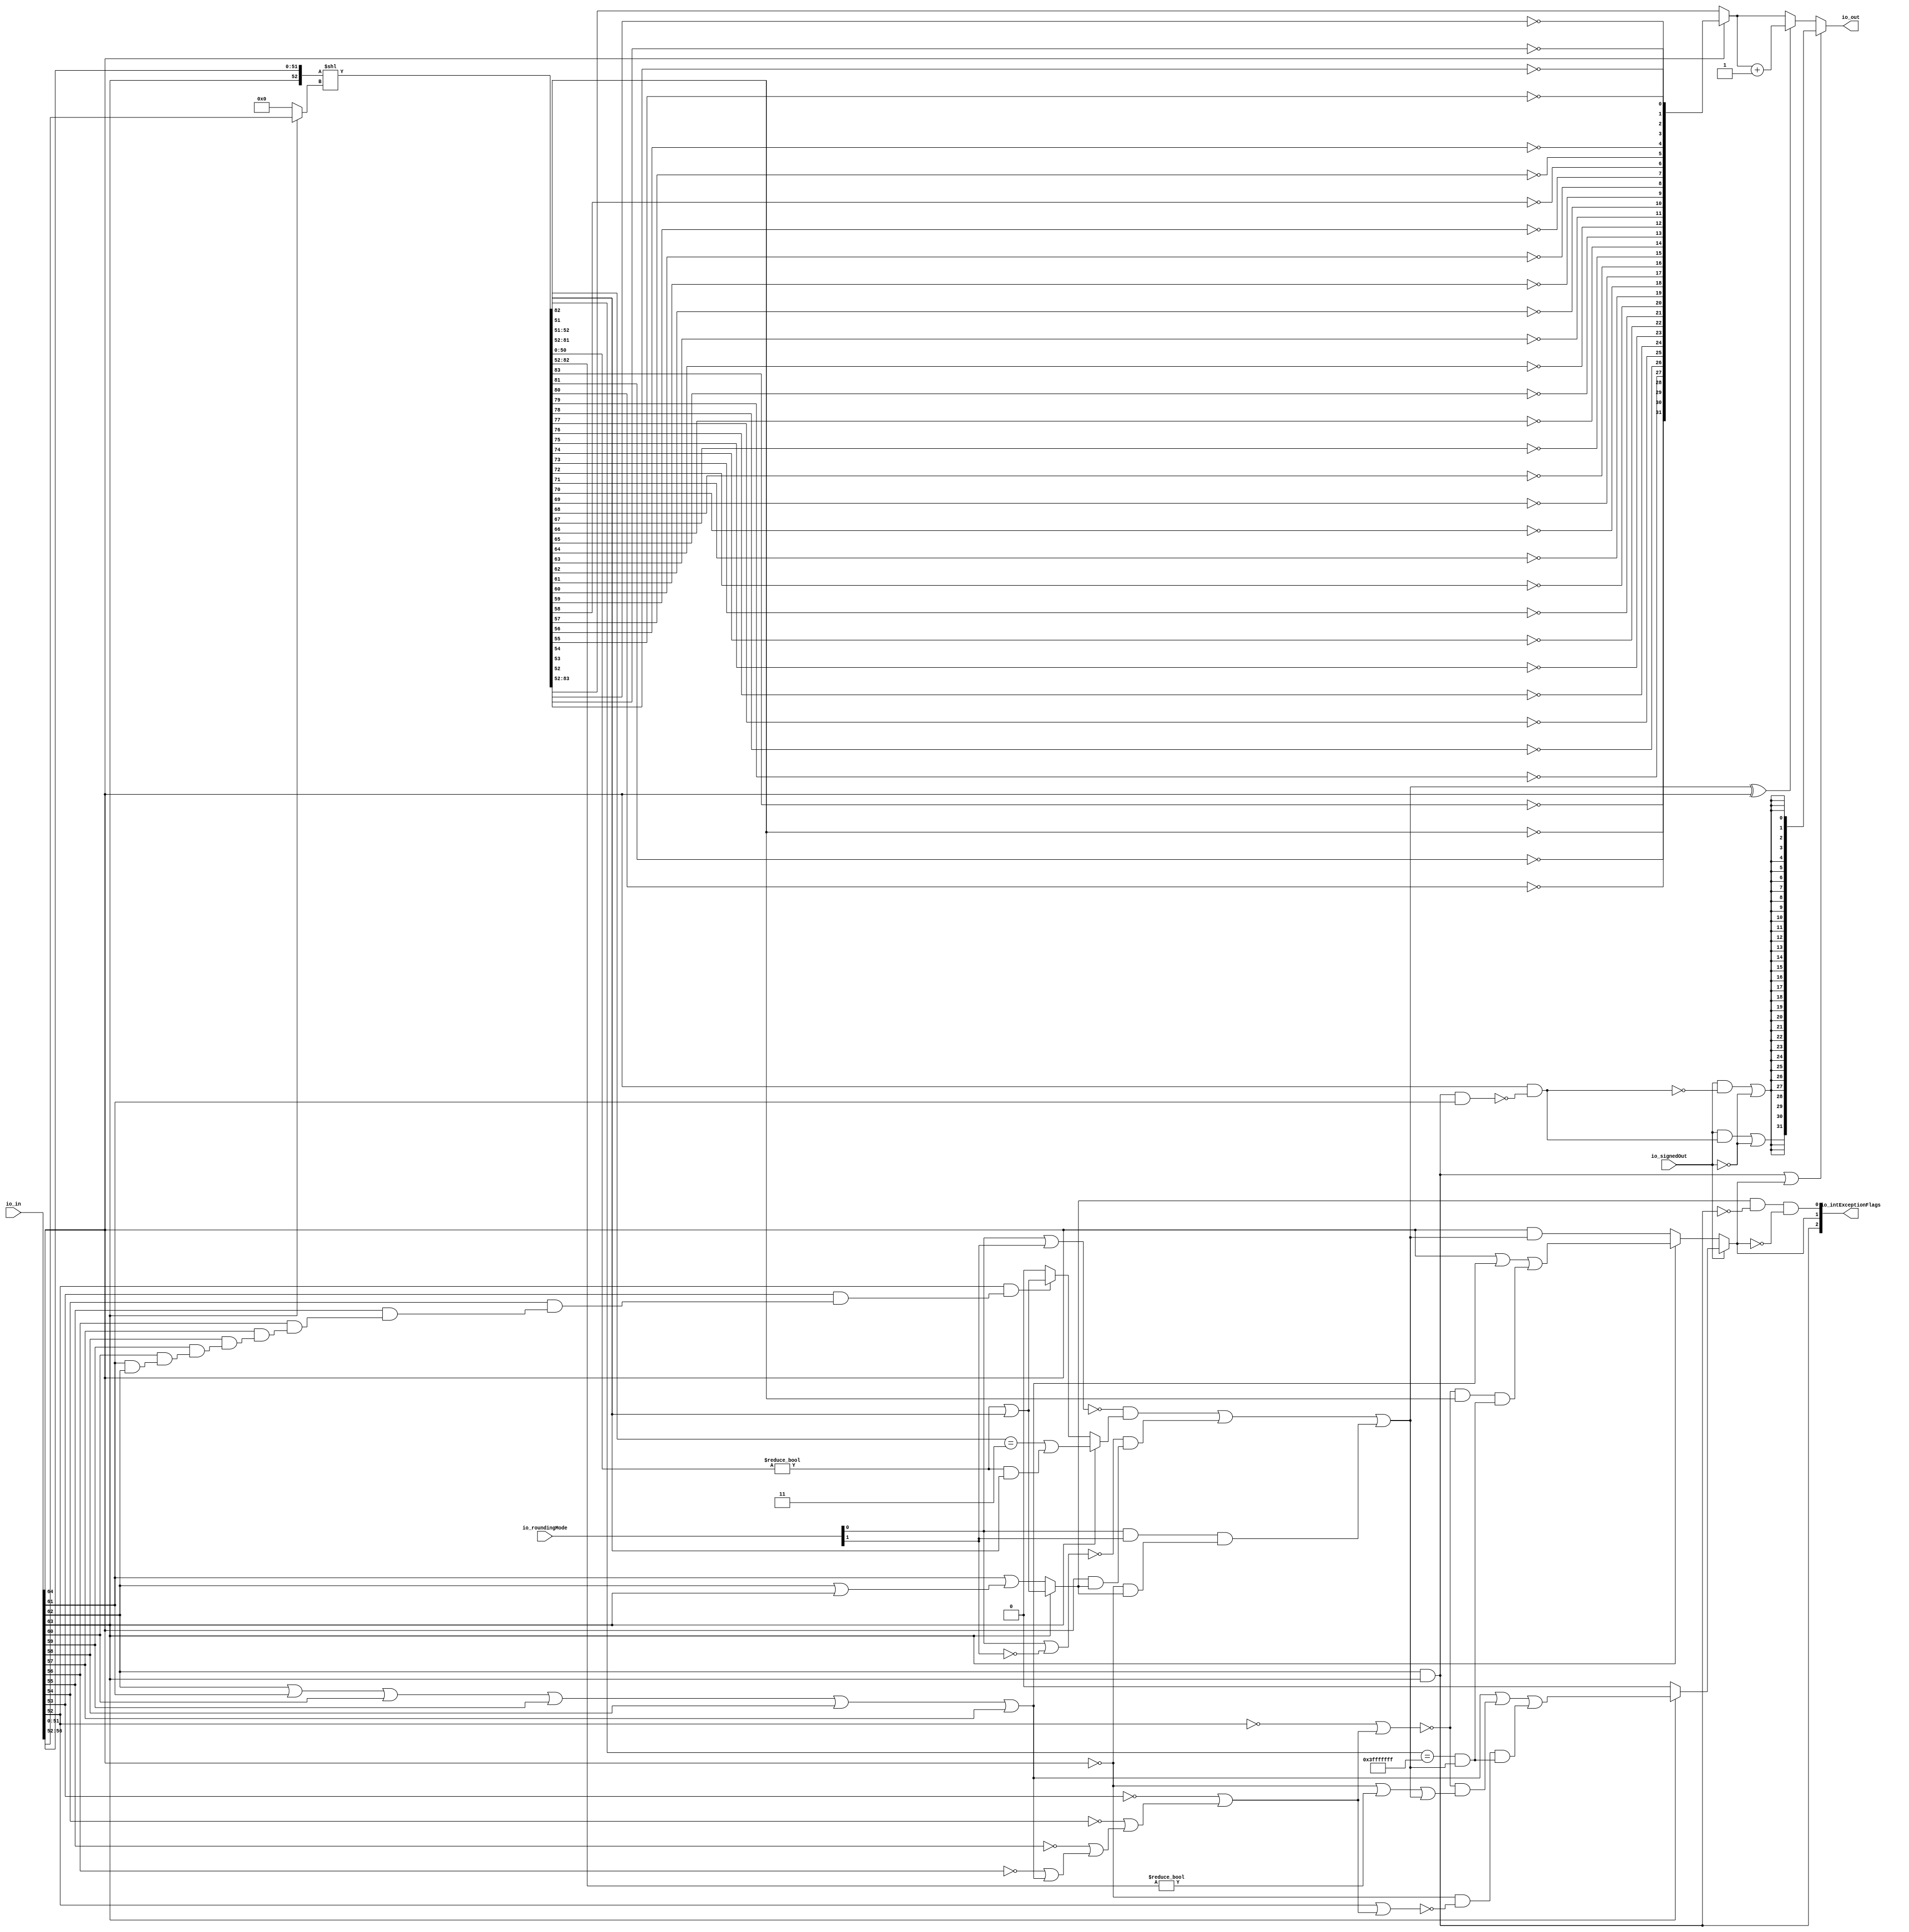
module RecFNToIN_1
(
  io_in,
  io_roundingMode,
  io_signedOut,
  io_out,
  io_intExceptionFlags
);

  input [64:0] io_in;
  input [1:0] io_roundingMode;
  output [31:0] io_out;
  output [2:0] io_intExceptionFlags;
  input io_signedOut;
  wire [31:0] io_out,excValue,roundedInt,T62,onesCompUnroundedInt,T61,T66;
  wire [2:0] io_intExceptionFlags;
  wire N0,N1,N2,N3,N4,N5,N6,N7,N8,N9,N10,N11,T3,T2,roundInexact,T4,T5,N12,
  overflow_signed,overflow_unsigned,T36,T15,roundIncr,T20,T16,T17,T18,T24,T21,T22,
  roundIncr_nearestEven,T30,T25,N13,T33,T43,T37,T40,roundCarryBut2,T38,T44,N14,T45,T50,T46,T47,
  T49,T58,T51,T52,T53,T56,T54,T74,N15,T63,N16,N17,T65,T68,T69,excSign,T70,isNaN,
  T73,N18,N19,N20,N21,N22,N23,N24,N25,N26,N27,N28,N29,N30,N31,N32,N33,N34,N35,N37,
  N38,N39,N40,N41,N42,N43,N44,N45,N46,N47,N48,N49,N50,N51,N52,N53,N54,N55,N56,N57,
  N58,N59,N60,N61,N62,N63,N64,N65,N66;
  wire [0:0] T8;
  wire [50:0] T10;
  wire [83:51] shiftedSig;
  wire [4:0] T11;
  wire [31:31] T64,T72;
  wire [30:30] T75;
  assign T8[0] = T10 != 1'b0;
  assign { shiftedSig, T10 } = { 1'b0, 1'b0, 1'b0, 1'b0, 1'b0, 1'b0, 1'b0, 1'b0, 1'b0, 1'b0, 1'b0, 1'b0, 1'b0, 1'b0, 1'b0, 1'b0, 1'b0, 1'b0, 1'b0, 1'b0, 1'b0, 1'b0, 1'b0, 1'b0, 1'b0, 1'b0, 1'b0, 1'b0, 1'b0, 1'b0, 1'b0, io_in[63:63], io_in[51:0] } << T11;
  assign T33 = shiftedSig[52:51] == { 1'b1, 1'b1 };
  assign T38 = shiftedSig[81:52] == { 1'b1, 1'b1, 1'b1, 1'b1, 1'b1, 1'b1, 1'b1, 1'b1, 1'b1, 1'b1, 1'b1, 1'b1, 1'b1, 1'b1, 1'b1, 1'b1, 1'b1, 1'b1, 1'b1, 1'b1, 1'b1, 1'b1, 1'b1, 1'b1, 1'b1, 1'b1, 1'b1, 1'b1, 1'b1, 1'b1 };
  assign T54 = shiftedSig[82:52] != 1'b0;
  assign N18 = ~io_in[56];
  assign N19 = ~io_in[55];
  assign N20 = ~io_in[54];
  assign N21 = ~io_in[53];
  assign N22 = ~io_in[52];
  assign N23 = io_in[61] | io_in[62];
  assign N24 = io_in[60] | N23;
  assign N25 = io_in[59] | N24;
  assign N26 = io_in[58] | N25;
  assign N27 = io_in[57] | N26;
  assign N28 = N18 | N27;
  assign N29 = N19 | N28;
  assign N30 = N20 | N29;
  assign N31 = N21 | N30;
  assign N32 = N22 | N31;
  assign N33 = ~N32;
  assign N34 = io_in[52] | N31;
  assign N35 = ~N34;
  assign io_intExceptionFlags[2] = io_in[62] & io_in[63];
  assign N37 = io_roundingMode[0] & io_roundingMode[1];
  assign N38 = io_roundingMode[0] | io_roundingMode[1];
  assign N39 = ~N38;
  assign N40 = ~io_roundingMode[1];
  assign N41 = io_roundingMode[0] | N40;
  assign N42 = ~N41;
  assign N43 = T8[0] & shiftedSig[51];
  assign N44 = T8[0] | shiftedSig[51];
  assign N45 = T8[0] | shiftedSig[51];
  assign N46 = io_in[62] | io_in[63];
  assign N47 = io_in[61] | N46;
  assign N48 = ~N47;
  assign N49 = io_in[61] & io_in[62];
  assign N50 = io_in[60] & N49;
  assign N51 = io_in[59] & N50;
  assign N52 = io_in[58] & N51;
  assign N53 = io_in[57] & N52;
  assign N54 = io_in[56] & N53;
  assign N55 = io_in[55] & N54;
  assign N56 = io_in[54] & N55;
  assign N57 = io_in[53] & N56;
  assign N58 = io_in[52] & N57;
  assign T62 = onesCompUnroundedInt + 1'b1;
  assign roundInexact = (N0)? N45 : 
                        (N1)? T5 : 1'b0;
  assign N0 = io_in[63];
  assign N1 = N14;
  assign T11 = (N0)? io_in[56:52] : 
               (N1)? { 1'b0, 1'b0, 1'b0, 1'b0, 1'b0 } : 1'b0;
  assign io_intExceptionFlags[1] = (N2)? overflow_signed : 
                                   (N3)? overflow_unsigned : 1'b0;
  assign N2 = io_signedOut;
  assign N3 = N12;
  assign overflow_unsigned = (N0)? T36 : 
                             (N1)? T15 : 1'b0;
  assign roundIncr_nearestEven = (N0)? T30 : 
                                 (N1)? T25 : 1'b0;
  assign T25 = (N4)? N44 : 
               (N5)? 1'b0 : 1'b0;
  assign N4 = N58;
  assign N5 = N13;
  assign overflow_signed = (N0)? T45 : 
                           (N1)? 1'b0 : 1'b0;
  assign io_out = (N6)? excValue : 
                  (N7)? roundedInt : 1'b0;
  assign N6 = T74;
  assign N7 = N15;
  assign roundedInt = (N8)? T62 : 
                      (N9)? onesCompUnroundedInt : 1'b0;
  assign N8 = T63;
  assign N9 = N16;
  assign onesCompUnroundedInt = (N10)? T61 : 
                                (N11)? shiftedSig[83:52] : 1'b0;
  assign N10 = io_in[64];
  assign N11 = N17;
  assign io_intExceptionFlags[0] = T3 & T2;
  assign T2 = ~io_intExceptionFlags[1];
  assign T3 = roundInexact & T4;
  assign T4 = ~io_intExceptionFlags[2];
  assign T5 = ~N48;
  assign N12 = ~io_signedOut;
  assign T15 = io_in[64] & roundIncr;
  assign roundIncr = T20 | T16;
  assign T16 = N37 & T17;
  assign T17 = T18 & roundInexact;
  assign T18 = ~io_in[64];
  assign T20 = T24 | T21;
  assign T21 = N42 & T22;
  assign T22 = io_in[64] & roundInexact;
  assign T24 = N39 & roundIncr_nearestEven;
  assign N13 = ~N58;
  assign T30 = T33 | N43;
  assign T36 = T43 | T37;
  assign T37 = T40 & roundCarryBut2;
  assign roundCarryBut2 = T38 & roundIncr;
  assign T40 = N33 & shiftedSig[82];
  assign T43 = io_in[64] | T44;
  assign T44 = N62 | io_in[57];
  assign N62 = N61 | io_in[58];
  assign N61 = N60 | io_in[59];
  assign N60 = N59 | io_in[60];
  assign N59 = io_in[62] | io_in[61];
  assign N14 = ~io_in[63];
  assign T45 = T50 | T46;
  assign T46 = T47 & roundCarryBut2;
  assign T47 = T49 & N35;
  assign T49 = ~io_in[64];
  assign T50 = T58 | T51;
  assign T51 = N33 & T52;
  assign T52 = T53 | roundIncr;
  assign T53 = T56 | T54;
  assign T56 = ~io_in[64];
  assign T58 = N66 | io_in[57];
  assign N66 = N65 | io_in[58];
  assign N65 = N64 | io_in[59];
  assign N64 = N63 | io_in[60];
  assign N63 = io_in[62] | io_in[61];
  assign N15 = ~T74;
  assign N16 = ~T63;
  assign N17 = ~io_in[64];
  assign T61[31] = ~shiftedSig[83];
  assign T61[30] = ~shiftedSig[82];
  assign T61[29] = ~shiftedSig[81];
  assign T61[28] = ~shiftedSig[80];
  assign T61[27] = ~shiftedSig[79];
  assign T61[26] = ~shiftedSig[78];
  assign T61[25] = ~shiftedSig[77];
  assign T61[24] = ~shiftedSig[76];
  assign T61[23] = ~shiftedSig[75];
  assign T61[22] = ~shiftedSig[74];
  assign T61[21] = ~shiftedSig[73];
  assign T61[20] = ~shiftedSig[72];
  assign T61[19] = ~shiftedSig[71];
  assign T61[18] = ~shiftedSig[70];
  assign T61[17] = ~shiftedSig[69];
  assign T61[16] = ~shiftedSig[68];
  assign T61[15] = ~shiftedSig[67];
  assign T61[14] = ~shiftedSig[66];
  assign T61[13] = ~shiftedSig[65];
  assign T61[12] = ~shiftedSig[64];
  assign T61[11] = ~shiftedSig[63];
  assign T61[10] = ~shiftedSig[62];
  assign T61[9] = ~shiftedSig[61];
  assign T61[8] = ~shiftedSig[60];
  assign T61[7] = ~shiftedSig[59];
  assign T61[6] = ~shiftedSig[58];
  assign T61[5] = ~shiftedSig[57];
  assign T61[4] = ~shiftedSig[56];
  assign T61[3] = ~shiftedSig[55];
  assign T61[2] = ~shiftedSig[54];
  assign T61[1] = ~shiftedSig[53];
  assign T61[0] = ~shiftedSig[52];
  assign T63 = roundIncr ^ io_in[64];
  assign excValue[31] = T66[31] | T64[31];
  assign excValue[30] = T66[30] | T64[31];
  assign excValue[29] = T66[29] | T64[31];
  assign excValue[28] = T66[28] | T64[31];
  assign excValue[27] = T66[27] | T64[31];
  assign excValue[26] = T66[26] | T64[31];
  assign excValue[25] = T66[25] | T64[31];
  assign excValue[24] = T66[24] | T64[31];
  assign excValue[23] = T66[23] | T64[31];
  assign excValue[22] = T66[22] | T64[31];
  assign excValue[21] = T66[21] | T64[31];
  assign excValue[20] = T66[20] | T64[31];
  assign excValue[19] = T66[19] | T64[31];
  assign excValue[18] = T66[18] | T64[31];
  assign excValue[17] = T66[17] | T64[31];
  assign excValue[16] = T66[16] | T64[31];
  assign excValue[15] = T66[15] | T64[31];
  assign excValue[14] = T66[14] | T64[31];
  assign excValue[13] = T66[13] | T64[31];
  assign excValue[12] = T66[12] | T64[31];
  assign excValue[11] = T66[11] | T64[31];
  assign excValue[10] = T66[10] | T64[31];
  assign excValue[9] = T66[9] | T64[31];
  assign excValue[8] = T66[8] | T64[31];
  assign excValue[7] = T66[7] | T64[31];
  assign excValue[6] = T66[6] | T64[31];
  assign excValue[5] = T66[5] | T64[31];
  assign excValue[4] = T66[4] | T64[31];
  assign excValue[3] = T66[3] | T64[31];
  assign excValue[2] = T66[2] | T64[31];
  assign excValue[1] = T66[1] | T64[31];
  assign excValue[0] = T66[0] | T64[31];
  assign T64[31] = T65;
  assign T65 = ~io_signedOut;
  assign T66[31] = T72[31] | 1'b0;
  assign T66[30] = 1'b0 | T75[30];
  assign T66[29] = 1'b0 | T75[30];
  assign T66[28] = 1'b0 | T75[30];
  assign T66[27] = 1'b0 | T75[30];
  assign T66[26] = 1'b0 | T75[30];
  assign T66[25] = 1'b0 | T75[30];
  assign T66[24] = 1'b0 | T75[30];
  assign T66[23] = 1'b0 | T75[30];
  assign T66[22] = 1'b0 | T75[30];
  assign T66[21] = 1'b0 | T75[30];
  assign T66[20] = 1'b0 | T75[30];
  assign T66[19] = 1'b0 | T75[30];
  assign T66[18] = 1'b0 | T75[30];
  assign T66[17] = 1'b0 | T75[30];
  assign T66[16] = 1'b0 | T75[30];
  assign T66[15] = 1'b0 | T75[30];
  assign T66[14] = 1'b0 | T75[30];
  assign T66[13] = 1'b0 | T75[30];
  assign T66[12] = 1'b0 | T75[30];
  assign T66[11] = 1'b0 | T75[30];
  assign T66[10] = 1'b0 | T75[30];
  assign T66[9] = 1'b0 | T75[30];
  assign T66[8] = 1'b0 | T75[30];
  assign T66[7] = 1'b0 | T75[30];
  assign T66[6] = 1'b0 | T75[30];
  assign T66[5] = 1'b0 | T75[30];
  assign T66[4] = 1'b0 | T75[30];
  assign T66[3] = 1'b0 | T75[30];
  assign T66[2] = 1'b0 | T75[30];
  assign T66[1] = 1'b0 | T75[30];
  assign T66[0] = 1'b0 | T75[30];
  assign T75[30] = T68;
  assign T68 = io_signedOut & T69;
  assign T69 = ~excSign;
  assign excSign = io_in[64] & T70;
  assign T70 = ~isNaN;
  assign isNaN = io_intExceptionFlags[2] & io_in[61];
  assign T72[31] = T73;
  assign T73 = io_signedOut & excSign;
  assign T74 = io_intExceptionFlags[2] | io_intExceptionFlags[1];

endmodule